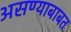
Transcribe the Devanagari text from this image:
असण्याबाबत